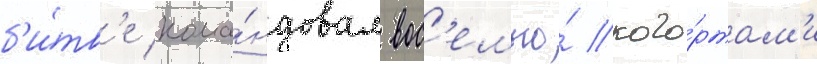
б'и́тв'е кома́ндовал вос'емью́ кого́ртам'и